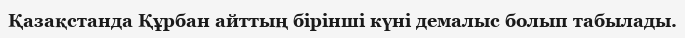
Қазақстанда Құрбан айттың бірінші күні демалыс болып табылады.